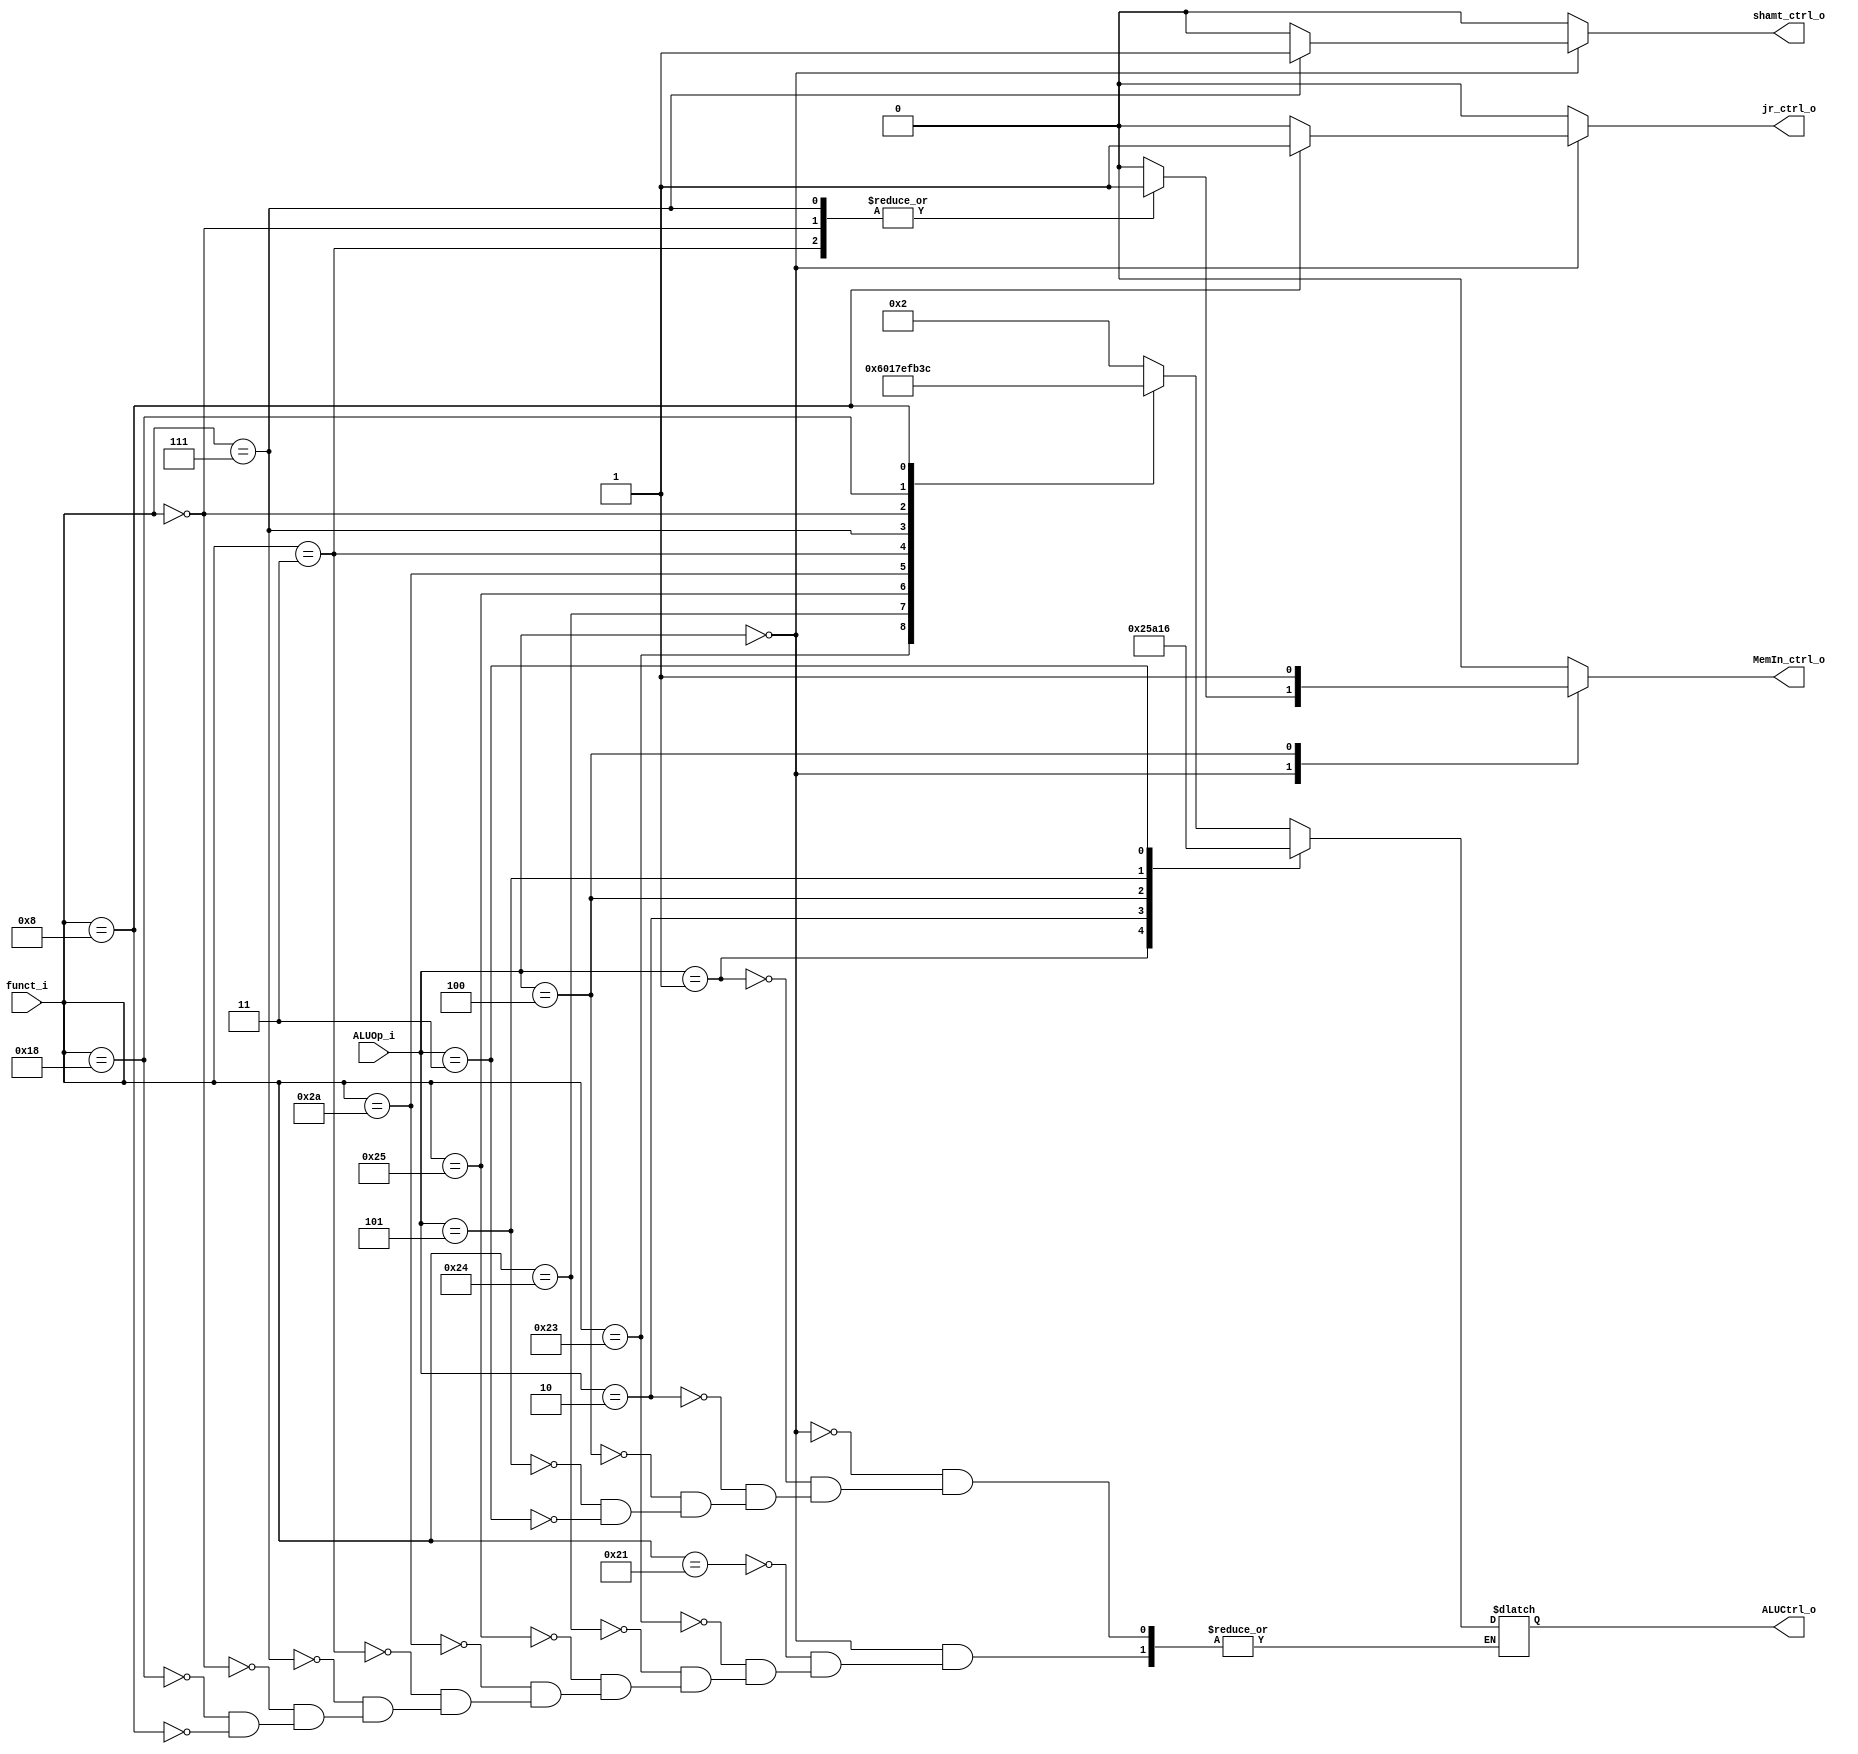
module ALU_Ctrl(
        funct_i,
        ALUOp_i,
				MemIn_ctrl_o,
				shamt_ctrl_o,
				jr_ctrl_o,
        ALUCtrl_o
        );

//I/O ports
input      [6-1:0] funct_i;
input      [3-1:0] ALUOp_i;

output     [4-1:0] ALUCtrl_o;	 
output		 MemIn_ctrl_o;
output		 shamt_ctrl_o;
output		 jr_ctrl_o;
//Internal Signals
reg        [4-1:0] ALUCtrl_o;
reg								 MemIn_ctrl_o;
reg								 shamt_ctrl_o;
reg								 jr_ctrl_o;
//Select exact operation

always @(*) begin

	MemIn_ctrl_o <= 0;
	shamt_ctrl_o <= 0;
	jr_ctrl_o <= 0;

	case(ALUOp_i)
		3'b000:		//R-type, j, jal
		begin
			case(funct_i)
				6'b100001:ALUCtrl_o[3:0]<=4'b0010; //addu	/add
				6'b100011:ALUCtrl_o[3:0]<=4'b0110; //subu	/sub
				6'b100100:ALUCtrl_o[3:0]<=4'b0000; //and	/and
				6'b100101:ALUCtrl_o[3:0]<=4'b0001; //or		/or
				6'b101010:ALUCtrl_o[3:0]<=4'b0111; //slt	/slt
				6'b000011:begin
					ALUCtrl_o[3:0]<=4'b1110;				 //sra	/sra
					MemIn_ctrl_o <= 1'b1;
					shamt_ctrl_o <= 1'b0;
				end
				6'b000111:begin
					ALUCtrl_o[3:0]<=4'b1111;				 //srav	/srav
					MemIn_ctrl_o <= 1'b1;
					shamt_ctrl_o <= 1'b1;
				end

				6'b000000:begin
					ALUCtrl_o[3:0]<=4'b1011;					 //sll	/sll
					MemIn_ctrl_o <= 1'b1;
					shamt_ctrl_o <= 1'b0;
				end
				6'b011000:ALUCtrl_o[3:0]<=4'b0011;	 //mul
				6'b001000:begin
					ALUCtrl_o[3:0]<=4'b1100;	 //jr
					jr_ctrl_o <= 1'b1;
				end
			endcase
		end

		3'b001:ALUCtrl_o[3:0]<=4'b0010; //addi,lw,sw	/add
		3'b010:ALUCtrl_o[3:0]<=4'b0101; //sltiu				/slt

		3'b100:begin
			ALUCtrl_o[3:0]<=4'b1010; //lui	/lui
			MemIn_ctrl_o <= 1'b1;
		end
		3'b101:ALUCtrl_o[3:0]<=4'b0001; //ori					/or

		3'b011:ALUCtrl_o[3:0]<=4'b0110; //beq,bne,blez,bgtz	/sub

		
	endcase
end

endmodule